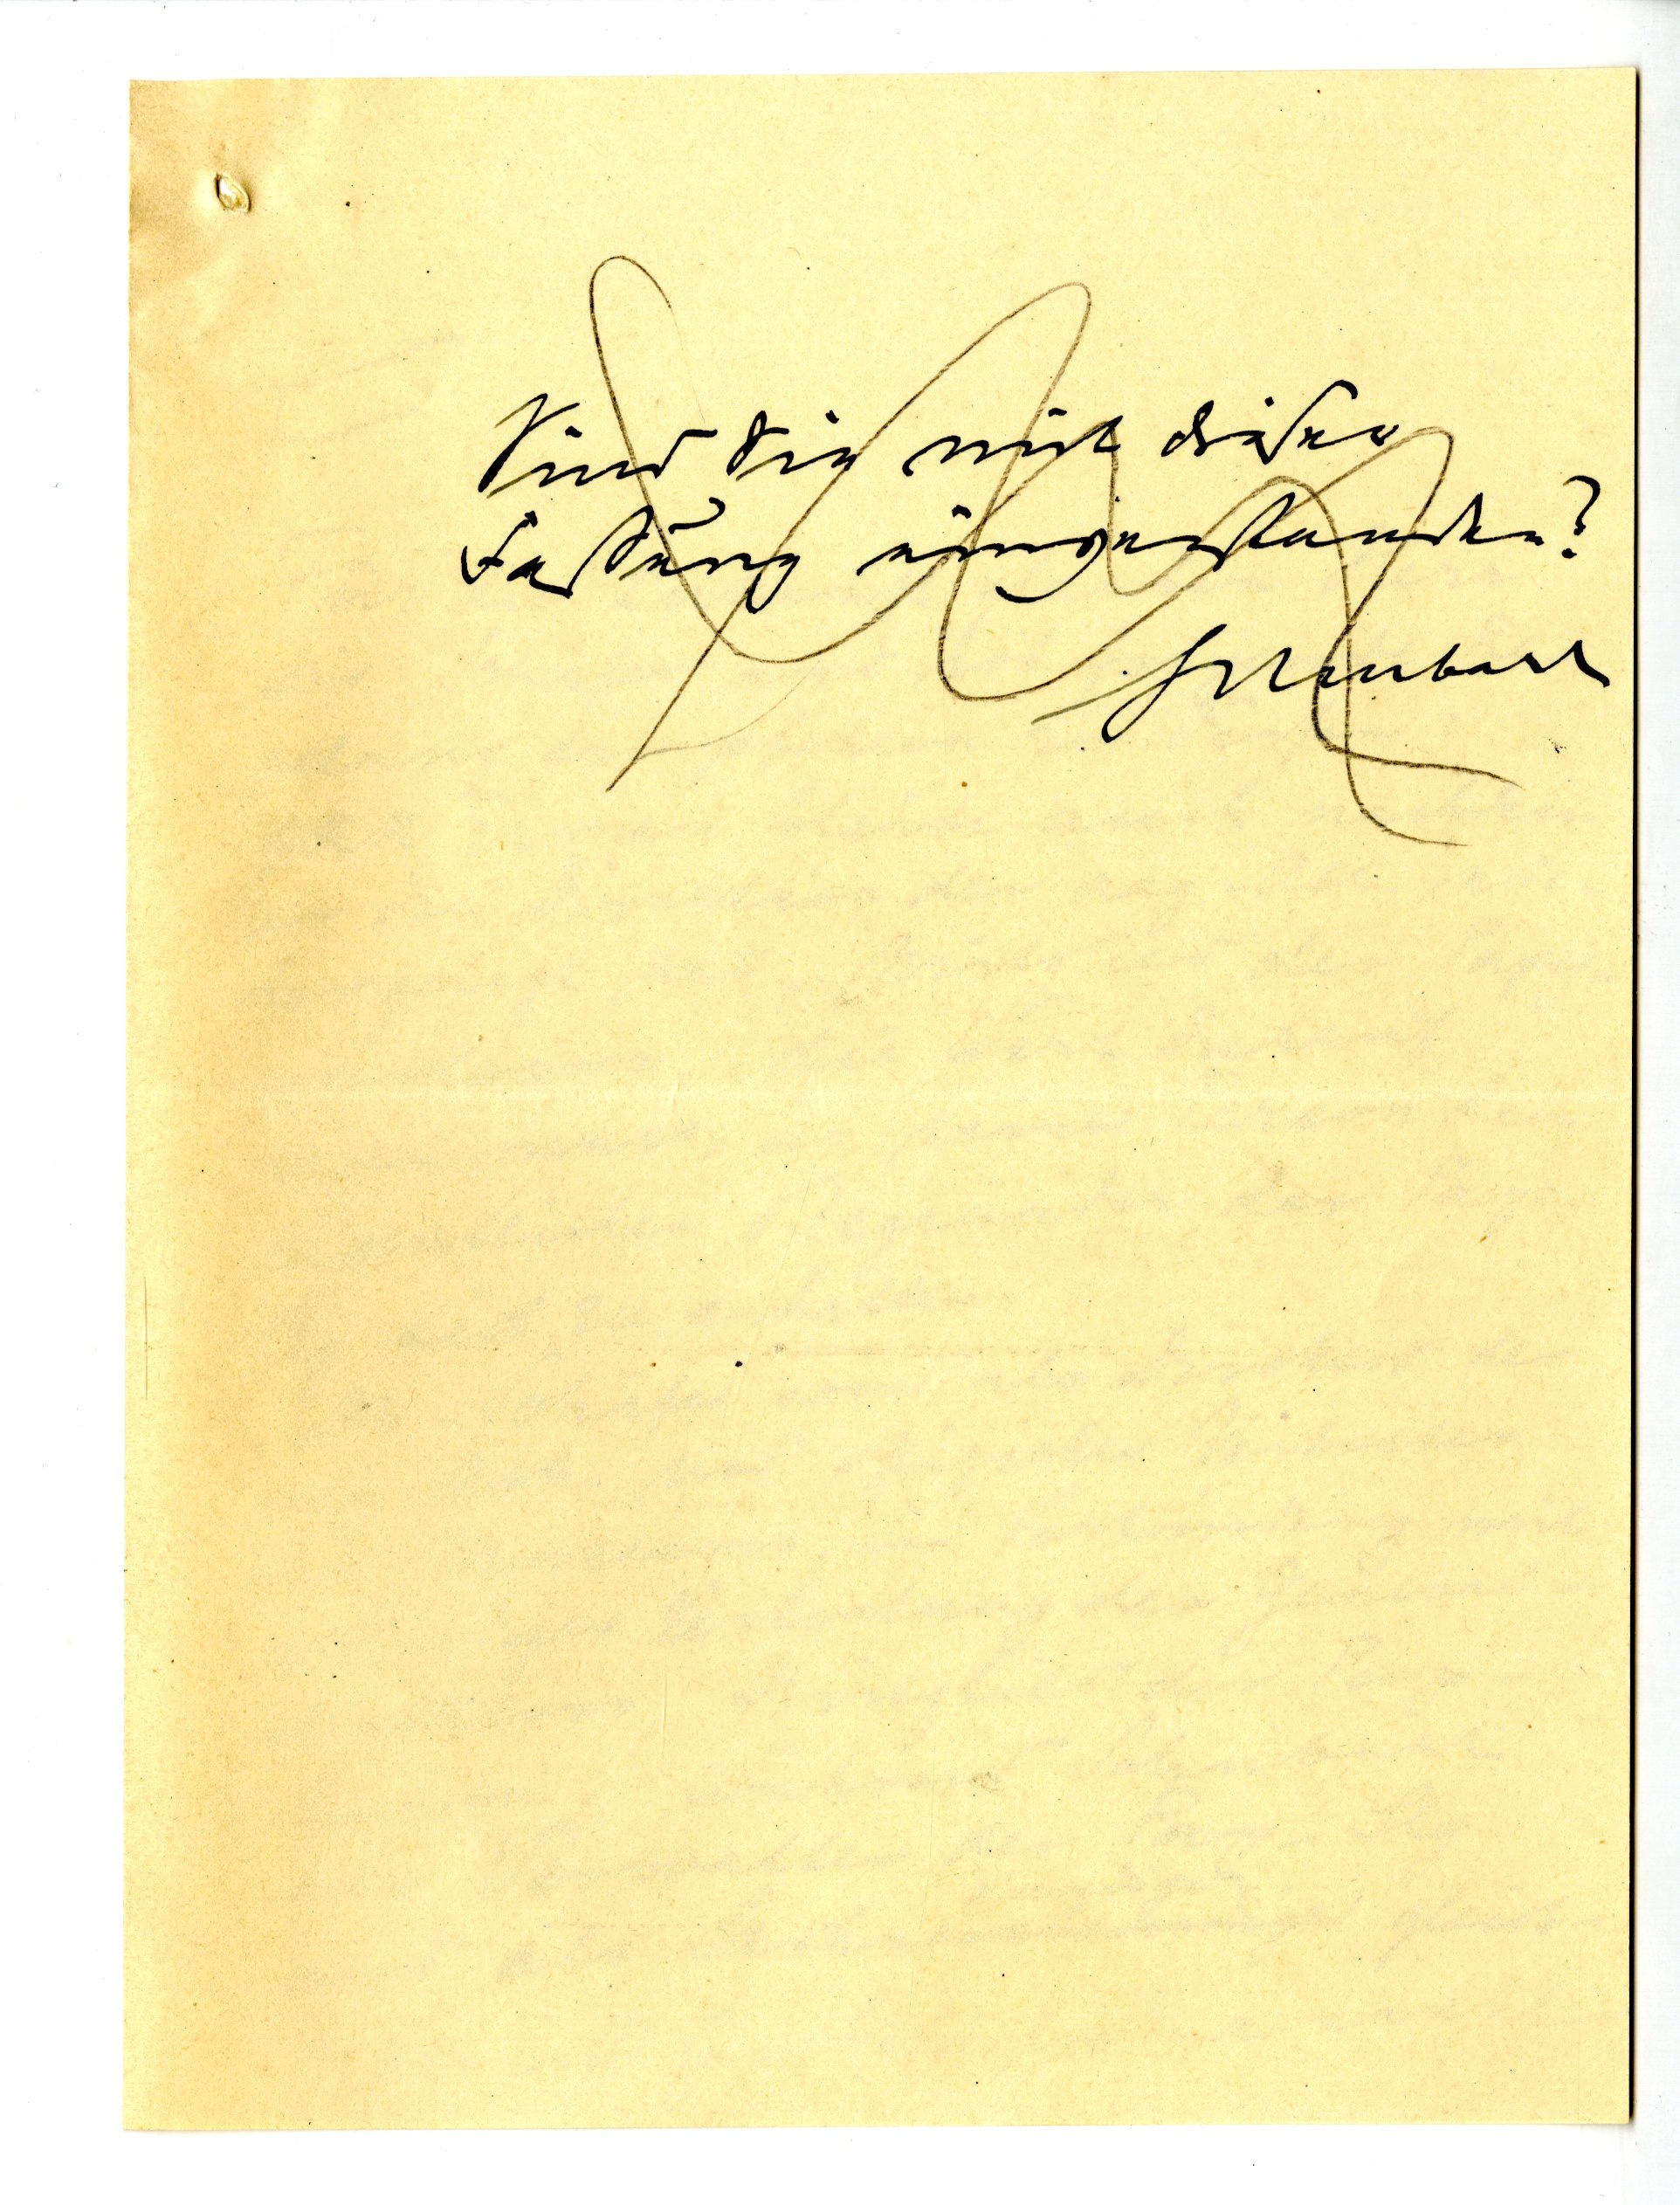
Sind Sie mit dieser
Faßung einverstanden?
Schubart